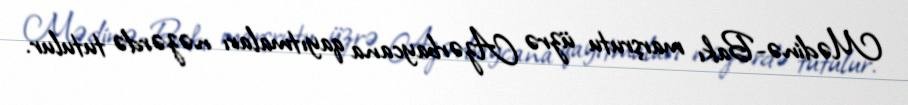
Mədinə-Bakı marşrutu üzrə Azərbaycana qayıtmaları nəzərdə tutulur.